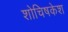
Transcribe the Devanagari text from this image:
शोचिषकेश